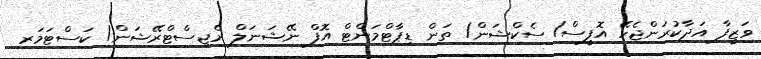
ވަޒީފާ އަދާކުރަންޖެހޭ އޮފީސް/ ސެކްޝަން/ ތަން ޑިޕާޓްމަންޓް އޮފް ނޭޝަނަލް ރެޖިސްޓްރޭޝަން/ ކަސްޓަމަރ